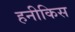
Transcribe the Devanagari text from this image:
हनीकिस